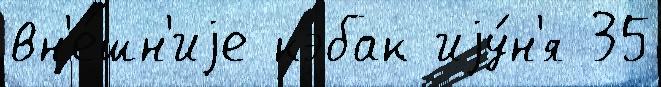
вн'е́шн'иjе кэбак иjу́н'я 35